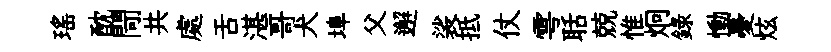
瑤酖閜共處舌湛哥犬埠父邂裟抵仗雩聒兢惟炯録慟憂炫